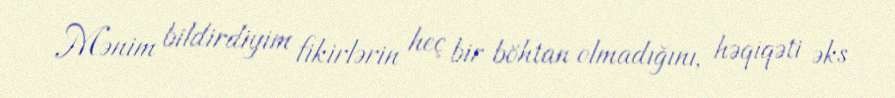
Mənim bildirdiyim fikirlərin heç bir böhtan olmadığını, həqiqəti əks